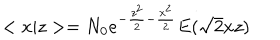
< x | z > = N _ { 0 } e ^ { - \frac { z ^ { 2 } } 2 - \frac { x ^ { 2 } } 2 } E ( \sqrt { 2 } x z )